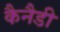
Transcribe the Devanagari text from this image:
कैनैडी